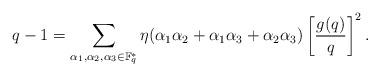
LaTeX: \begin{align*}q-1 = \sum_{\alpha_1,\alpha_2,\alpha_3 \in \mathbb F^*_q} \eta(\alpha_1\alpha_2+\alpha_1\alpha_3+\alpha_2\alpha_3) \left[ \frac{g(q)}q\right]^2.\end{align*}